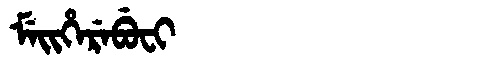
Manchu: ᠮᡝᡳᡥᡝᡵᡝᠪᡠᠸᡳ
Romanization: MEIHEREBUFI